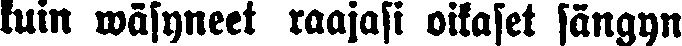
kuin wäsyneet raajasi oikaset sängyn